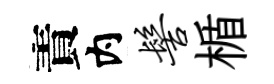
責内髻楯